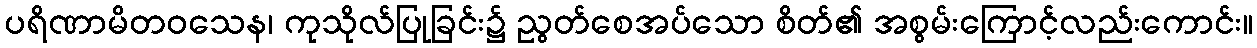
ပရိဏာမိတဝသေန၊ ကုသိုလ်ပြုခြင်း၌ ညွတ်စေအပ်သော စိတ်၏ အစွမ်းကြောင့်လည်းကောင်း။